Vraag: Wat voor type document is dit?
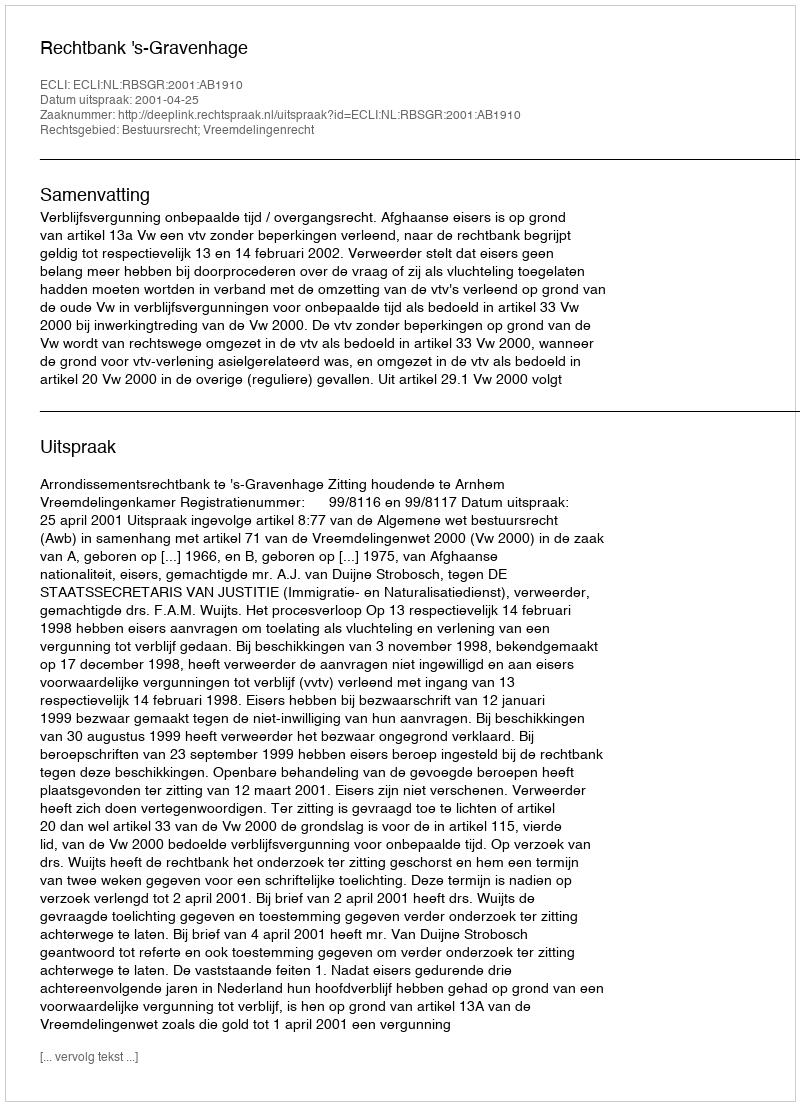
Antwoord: Uitspraak